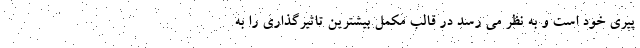
پیری خود است و به نظر می رسد در قالب مکمل بیشترین تاثیرگذاری را به